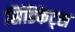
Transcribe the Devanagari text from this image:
सिंडिकेट्स